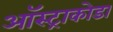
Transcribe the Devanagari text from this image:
ऑस्ट्राकोडा